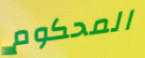
المحكوم